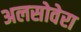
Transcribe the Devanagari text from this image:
अलसोवेरा